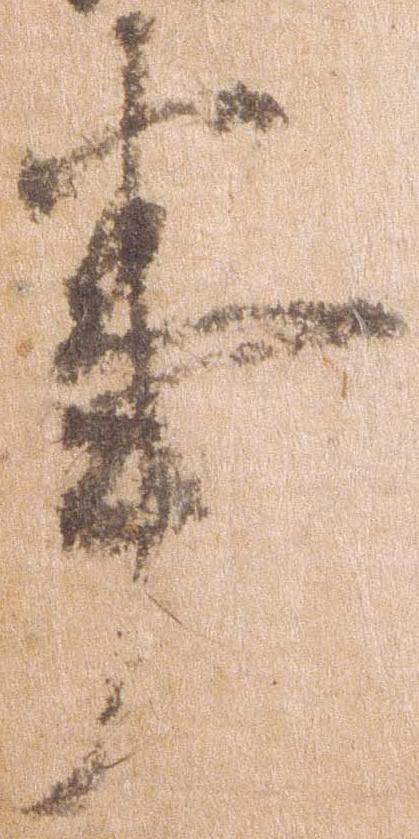
事